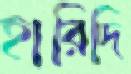
হারিদি